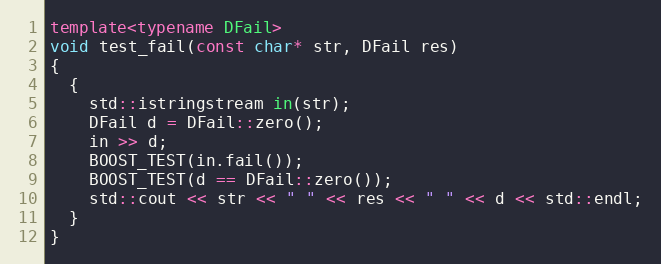
Language: C++
template<typename DFail>
void test_fail(const char* str, DFail res)
{
  {
    std::istringstream in(str);
    DFail d = DFail::zero();
    in >> d;
    BOOST_TEST(in.fail());
    BOOST_TEST(d == DFail::zero());
    std::cout << str << " " << res << " " << d << std::endl;
  }
}